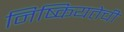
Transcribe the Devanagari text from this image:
निष्कियतेची